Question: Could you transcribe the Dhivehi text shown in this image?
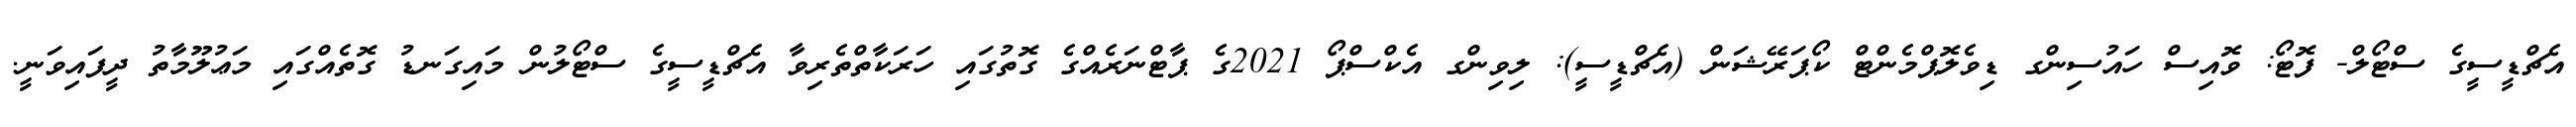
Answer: އެޗްޑީސީގެ ސްޓޯލް- ފޮޓޯ: ވޮއިސް ހައުސިންގ ޑިވެލޮޕްމެންޓް ކޯޕަރޭޝަން (އެޗްޑީސީ): ލިވިންގ އެކްސްޕޯ 2021ގެ ޕާޓްނަރެއްގެ ގޮތުގައި ހަރަކާތްތެރިވާ އެޗްޑީސީގެ ސްޓޯލުން މައިގަނޑު ގޮތެއްގައި މަޢުލޫމާތު ދީފައިވަނީ.